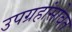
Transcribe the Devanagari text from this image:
उपग्रहांसोबत